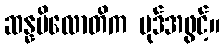
ဆန္နပိလောတိက ပုဒ်အဖွင့်။